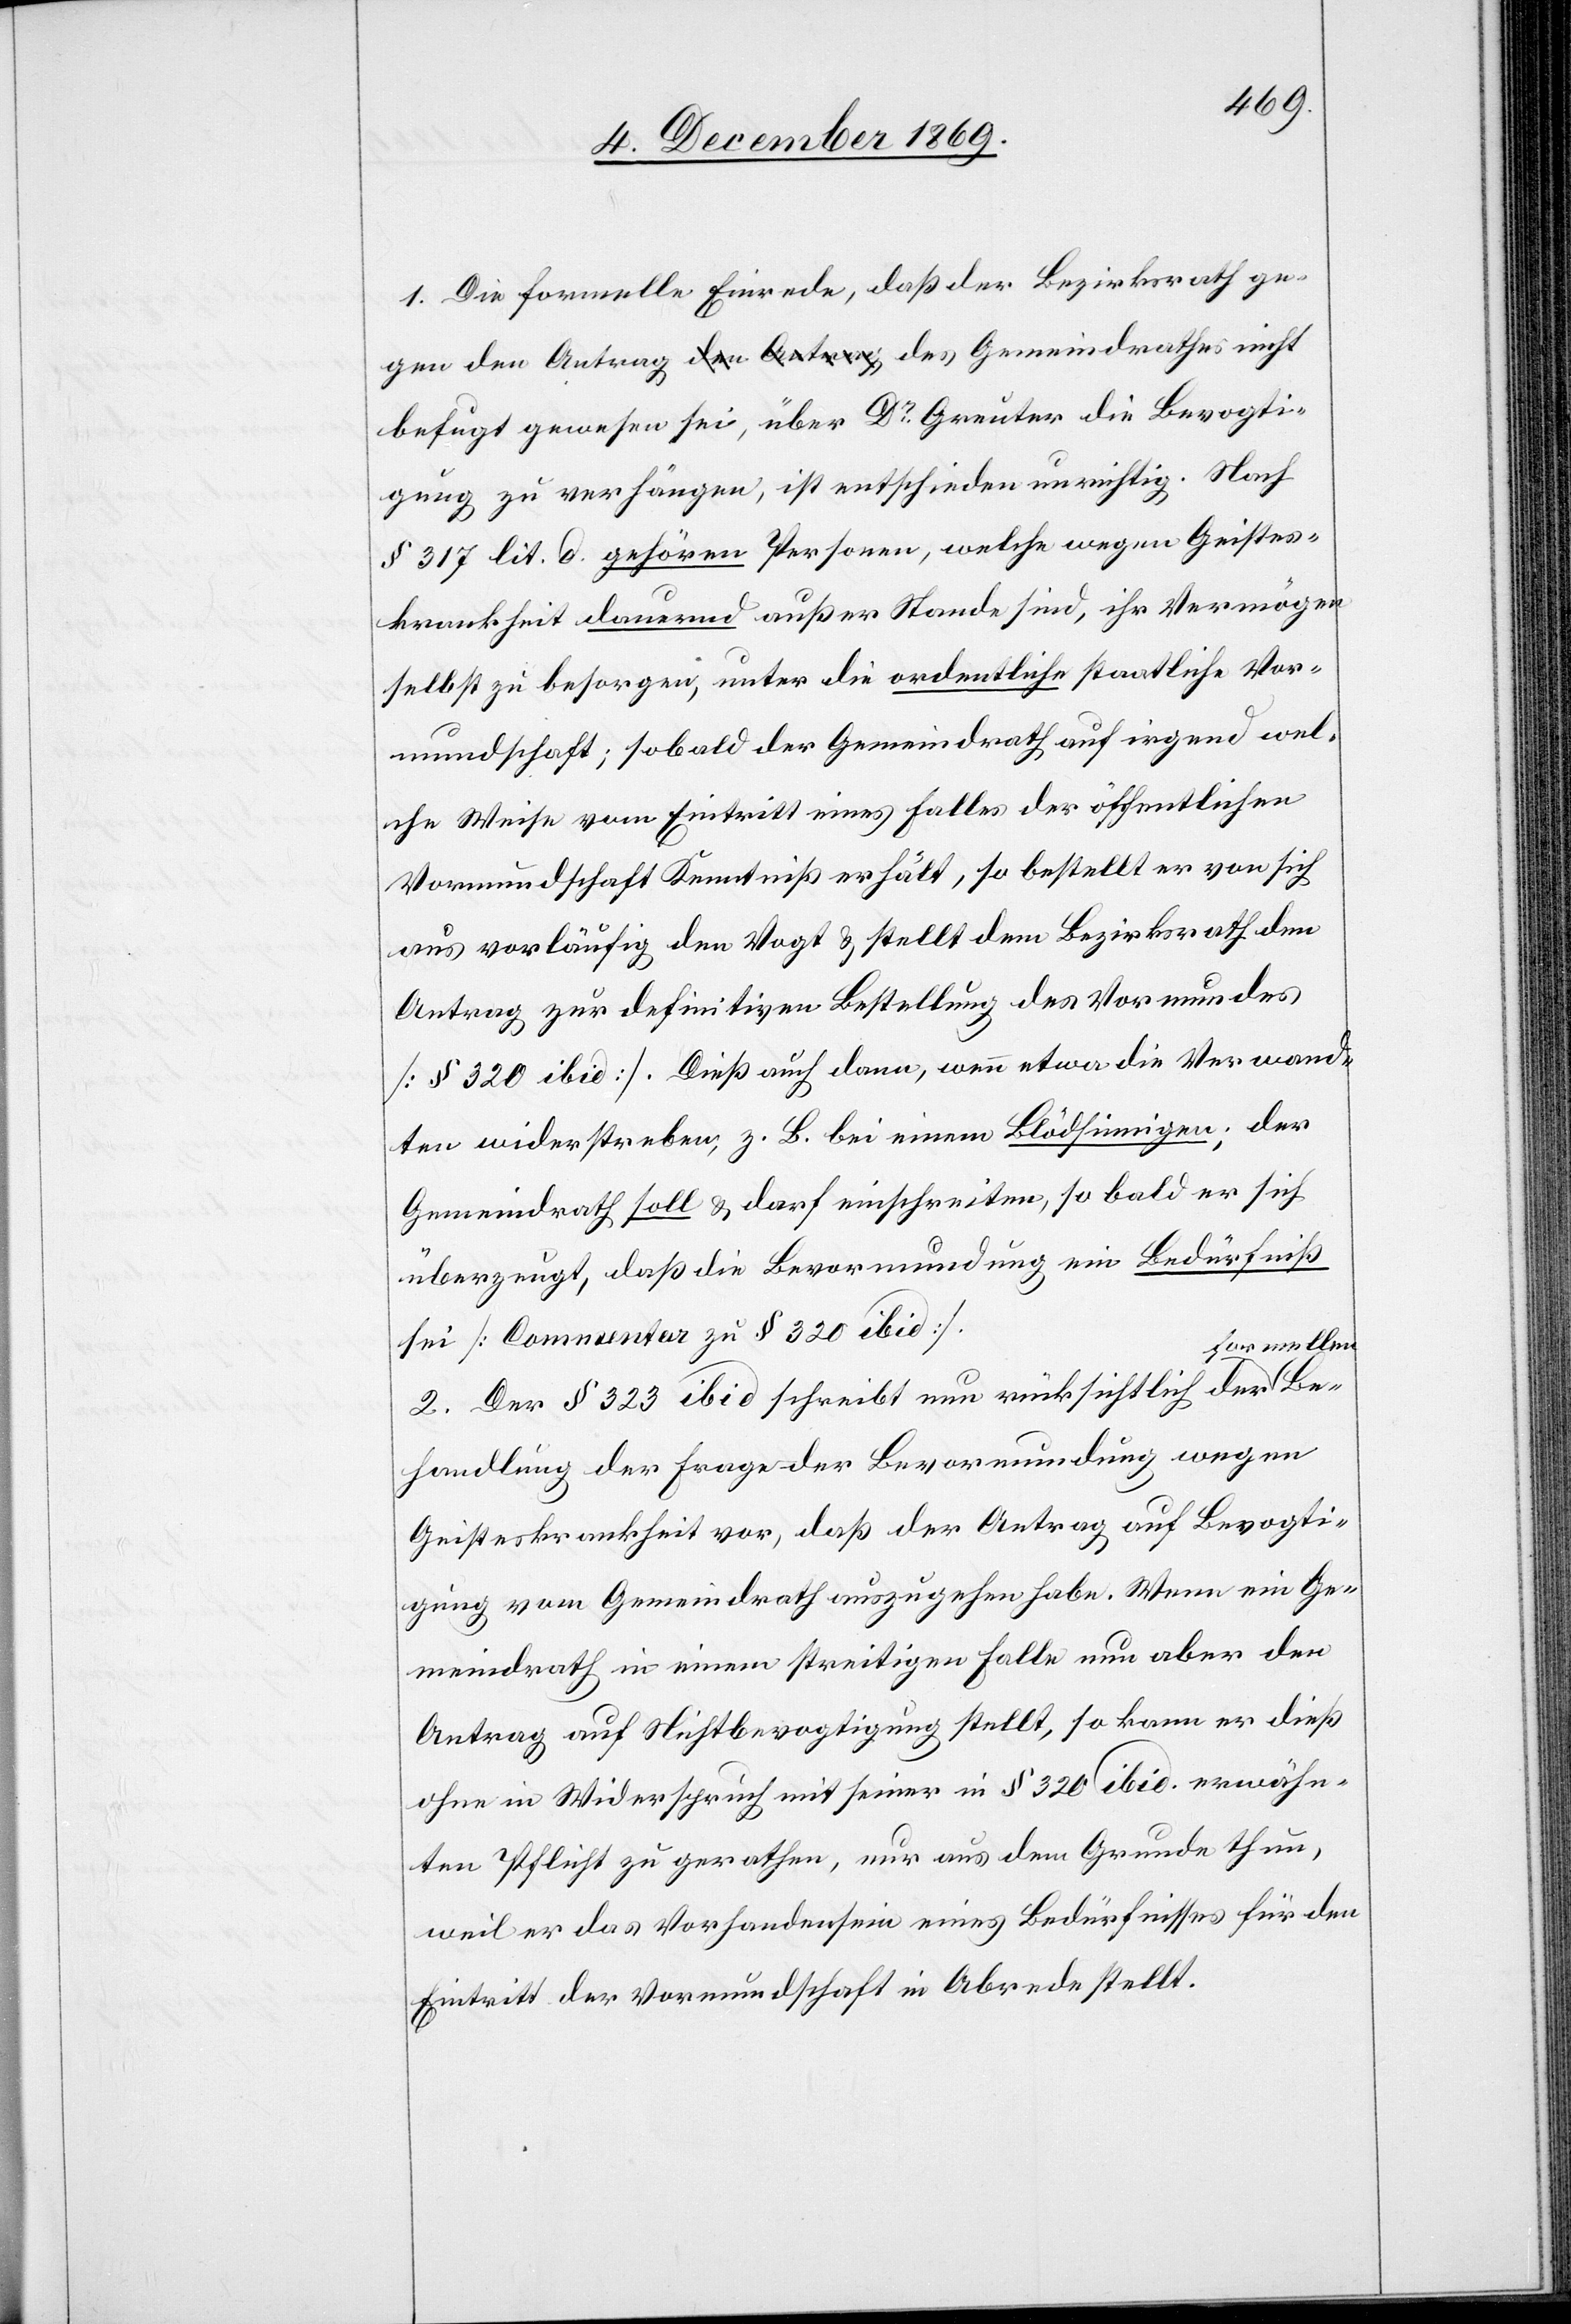
1. Die formelle Einrede, daß der Bezirksrath gegen
befugt gewesen sei, über Dr Greuter die Bevogti¬
gung zu verhängen, ist entschieden unrichtig. Nach
§ 317 lit. d gehören Personen, welche wegen Geistes¬
krankheit dauernd außer Stande sind, ihr Vermögen
selbst zu besorgen, unter die ordentliche staatliche Vor¬
mundschaft; sobald der Gemeindrath auf irgend wel¬
che Weise vom Eintritt eines Falles der öffentlichen
Vormundschaft Kenntniß erhält, so bestellt er von sich
aus vorläufig den Vogt & stellt dem Bezirksrath den
Antrag zur definitiven Bestellung des Vormundes
[§ 320 ibid]. Dieß auch dann, wenn etwa die Verwand¬
ten widerstreben, z. B. bei einem Blödsinnigen; der
Gemeindrath soll & darf einschreiten, so bald er sich
überzeugt, daß die Bevormundung ein Bedürfniß
sei [Commentar zu § 320 ibid].
ormellen
2. Der § 323 ibid schreibt nun rücksichtlich der f¬
Behandlung der Frage der Bevormundung wegen
Geisteskrankheit vor, daß der Antrag auf Bevogti¬
gung vom Gemeindrath auszugehen habe. Wenn ein Ge¬
meindrath in einem streitigen Falle nun aber den
Antrag auf Nichtbevogtigung stellt, so kann er dieß
ohne in Widerspruch mit seiner in § 320 ibid. erwähn¬
ten Pflicht zu gerathen, nur aus dem Grunde thun,
weil er das Vorhandensein eines Bedürfnisses für den
Eintritt der Vormundschaft in Abrede stellt.